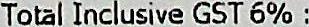
TOTAL INCLUSIVE GST 6% :